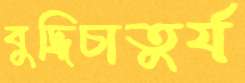
বুদ্ধিচাতুর্য